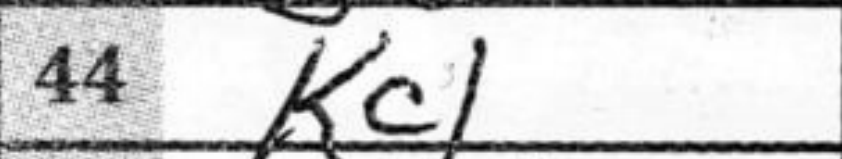
Transcription: Kc1